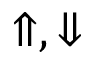
{ \Uparrow , \Downarrow }